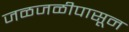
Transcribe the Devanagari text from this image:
जळजळीपासून